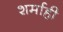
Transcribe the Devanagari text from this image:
शर्माही